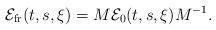
LaTeX: \begin{align*} \mathcal E_{\rm fr}(t,s,\xi) = M \mathcal E_0(t,s,\xi) M^{-1}.\end{align*}